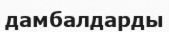
дамбалдарды